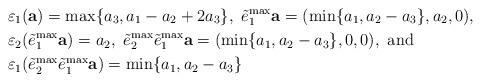
LaTeX: \begin{align*}&\varepsilon_1({\bf a}) = \max\{a_3, a_1 - a_2 + 2 a_3\},\ \tilde{e}_1 ^{\max} {\bf a} = (\min\{a_1, a_2 - a_3\}, a_2, 0),\\&\varepsilon_2(\tilde{e}_1 ^{\max} {\bf a}) = a_2,\ \tilde{e}_2 ^{\max} \tilde{e}_1 ^{\max} {\bf a} = (\min\{a_1, a_2 - a_3\}, 0, 0),\ {\rm and}\\&\varepsilon_1(\tilde{e}_2 ^{\max} \tilde{e}_1 ^{\max} {\bf a}) = \min\{a_1, a_2 - a_3\}\end{align*}